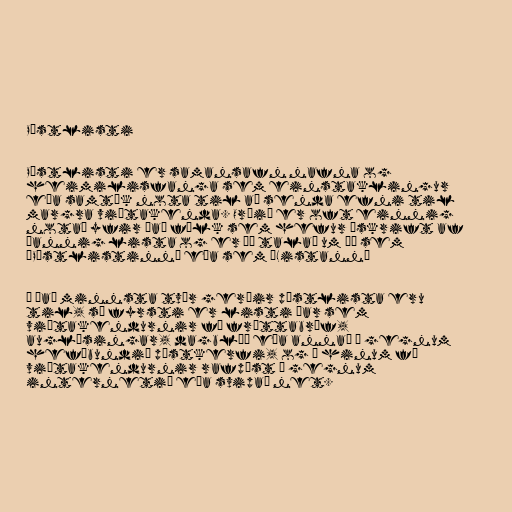
Póstlisti

Póstlisti er samansafn nafna og
heimilisfanga sem einstaklingur
eða samtök nota til að senda efni til
margra viðtakenda. Orðið er oft einnig
notað yfir það fólk sem hefur áskrift af
þannig lista og er þá talað um þá sem
„Póstlistinn“ eða sem „Listann“

Í það minnsta tvær gerðir póstlista eru
til, sá fyrsti er listi þar sem
viðtakendurnir fá fréttabréf,
auglýsingar, dagblöð eða annað í gegnum
hefðbundið póstkerfi, og á hinum fá
viðtakendurnir rafpóst í gegnum
internetið eða svipað net.